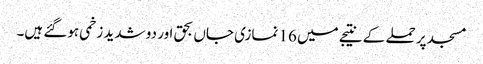
مسجد پر حملے کے نتیجے میں 16 نمازی جاں بحق اور دو شدید زخمی ہوگئے ہیں۔